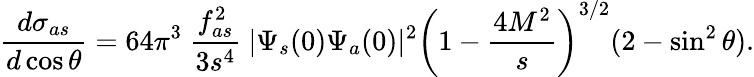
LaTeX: \frac{d\sigma_{as}}{d\cos\theta}=64\pi^{3}~\frac{f_{as}^{2}}{3s^{4}}~|\Psi_{s}(0)\Psi_{a}(0)|^{2}\left(1-\frac{4M^{2}}{s}\right)^{3/2}(2-\sin^{2}\theta).